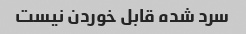
سرد شده قابل خوردن نیست